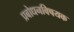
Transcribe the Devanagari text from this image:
प्रबोधनविषयक